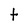
Character: t